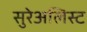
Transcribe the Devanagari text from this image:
सुरेअलिस्ट